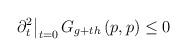
LaTeX: \begin{align*}\left. \partial _{t}^{2}\right\vert _{t=0}G_{g+th}\left( p,p\right) \leq 0\end{align*}